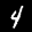
Label: 4